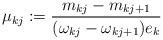
LaTeX: \begin{align*} \mu_{kj}:=\frac{m_{kj}-m_{kj+1}}{(\omega_{kj}-\omega_{kj+1})e_k}\end{align*}